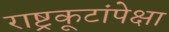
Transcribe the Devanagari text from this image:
राष्ट्रकूटांपेक्षा